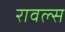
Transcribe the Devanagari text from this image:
रावल्स